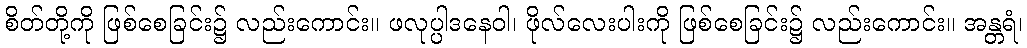
စိတ်တို့ကို ဖြစ်စေခြင်း၌ လည်းကောင်း။ ဖလုပ္ပါဒနေဝါ၊ ဖိုလ်လေးပါးကို ဖြစ်စေခြင်း၌ လည်းကောင်း။ အန္တရံ၊